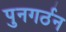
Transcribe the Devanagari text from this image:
पुनगर्ठन